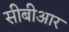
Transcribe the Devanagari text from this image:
सीबीआर